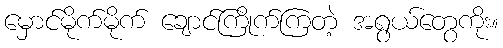
မှောင်မိုက်မိုက် ချောင်ကြိုက်ကြတဲ့ အရွယ်တွေကိုး။